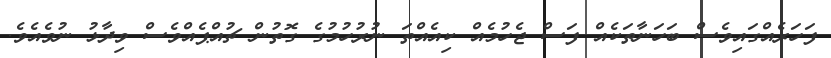
ފަހަރެއްގައިވެސް ބަހަނާތަކެއް ފަސް ޖެހުމެއް ކިއެއްތަ ނުރުހުމުގެ ގޮތުން ޗުއްޕެއްވެސް ވިދާޅު ނުވެއެވެ.